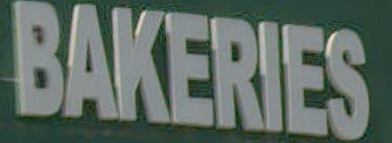
BAKERIES